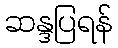
ဆန္ဒပြရန်